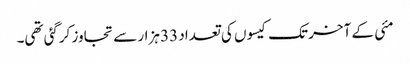
مئی کے آخر تک کیسوں کی تعداد 33 ہزار سے تجاوز کرگئی تھی۔